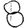
Digit: 8